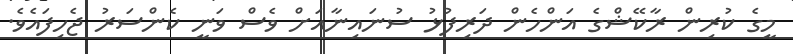
މީގެ ކުރިން ރާކޭޝްގެ އަންހެން ދަރިފުޅު ސުނައިނާއަށް ވެސް ވަނީ ކެންސަރު ޖެހިފައެވެ.